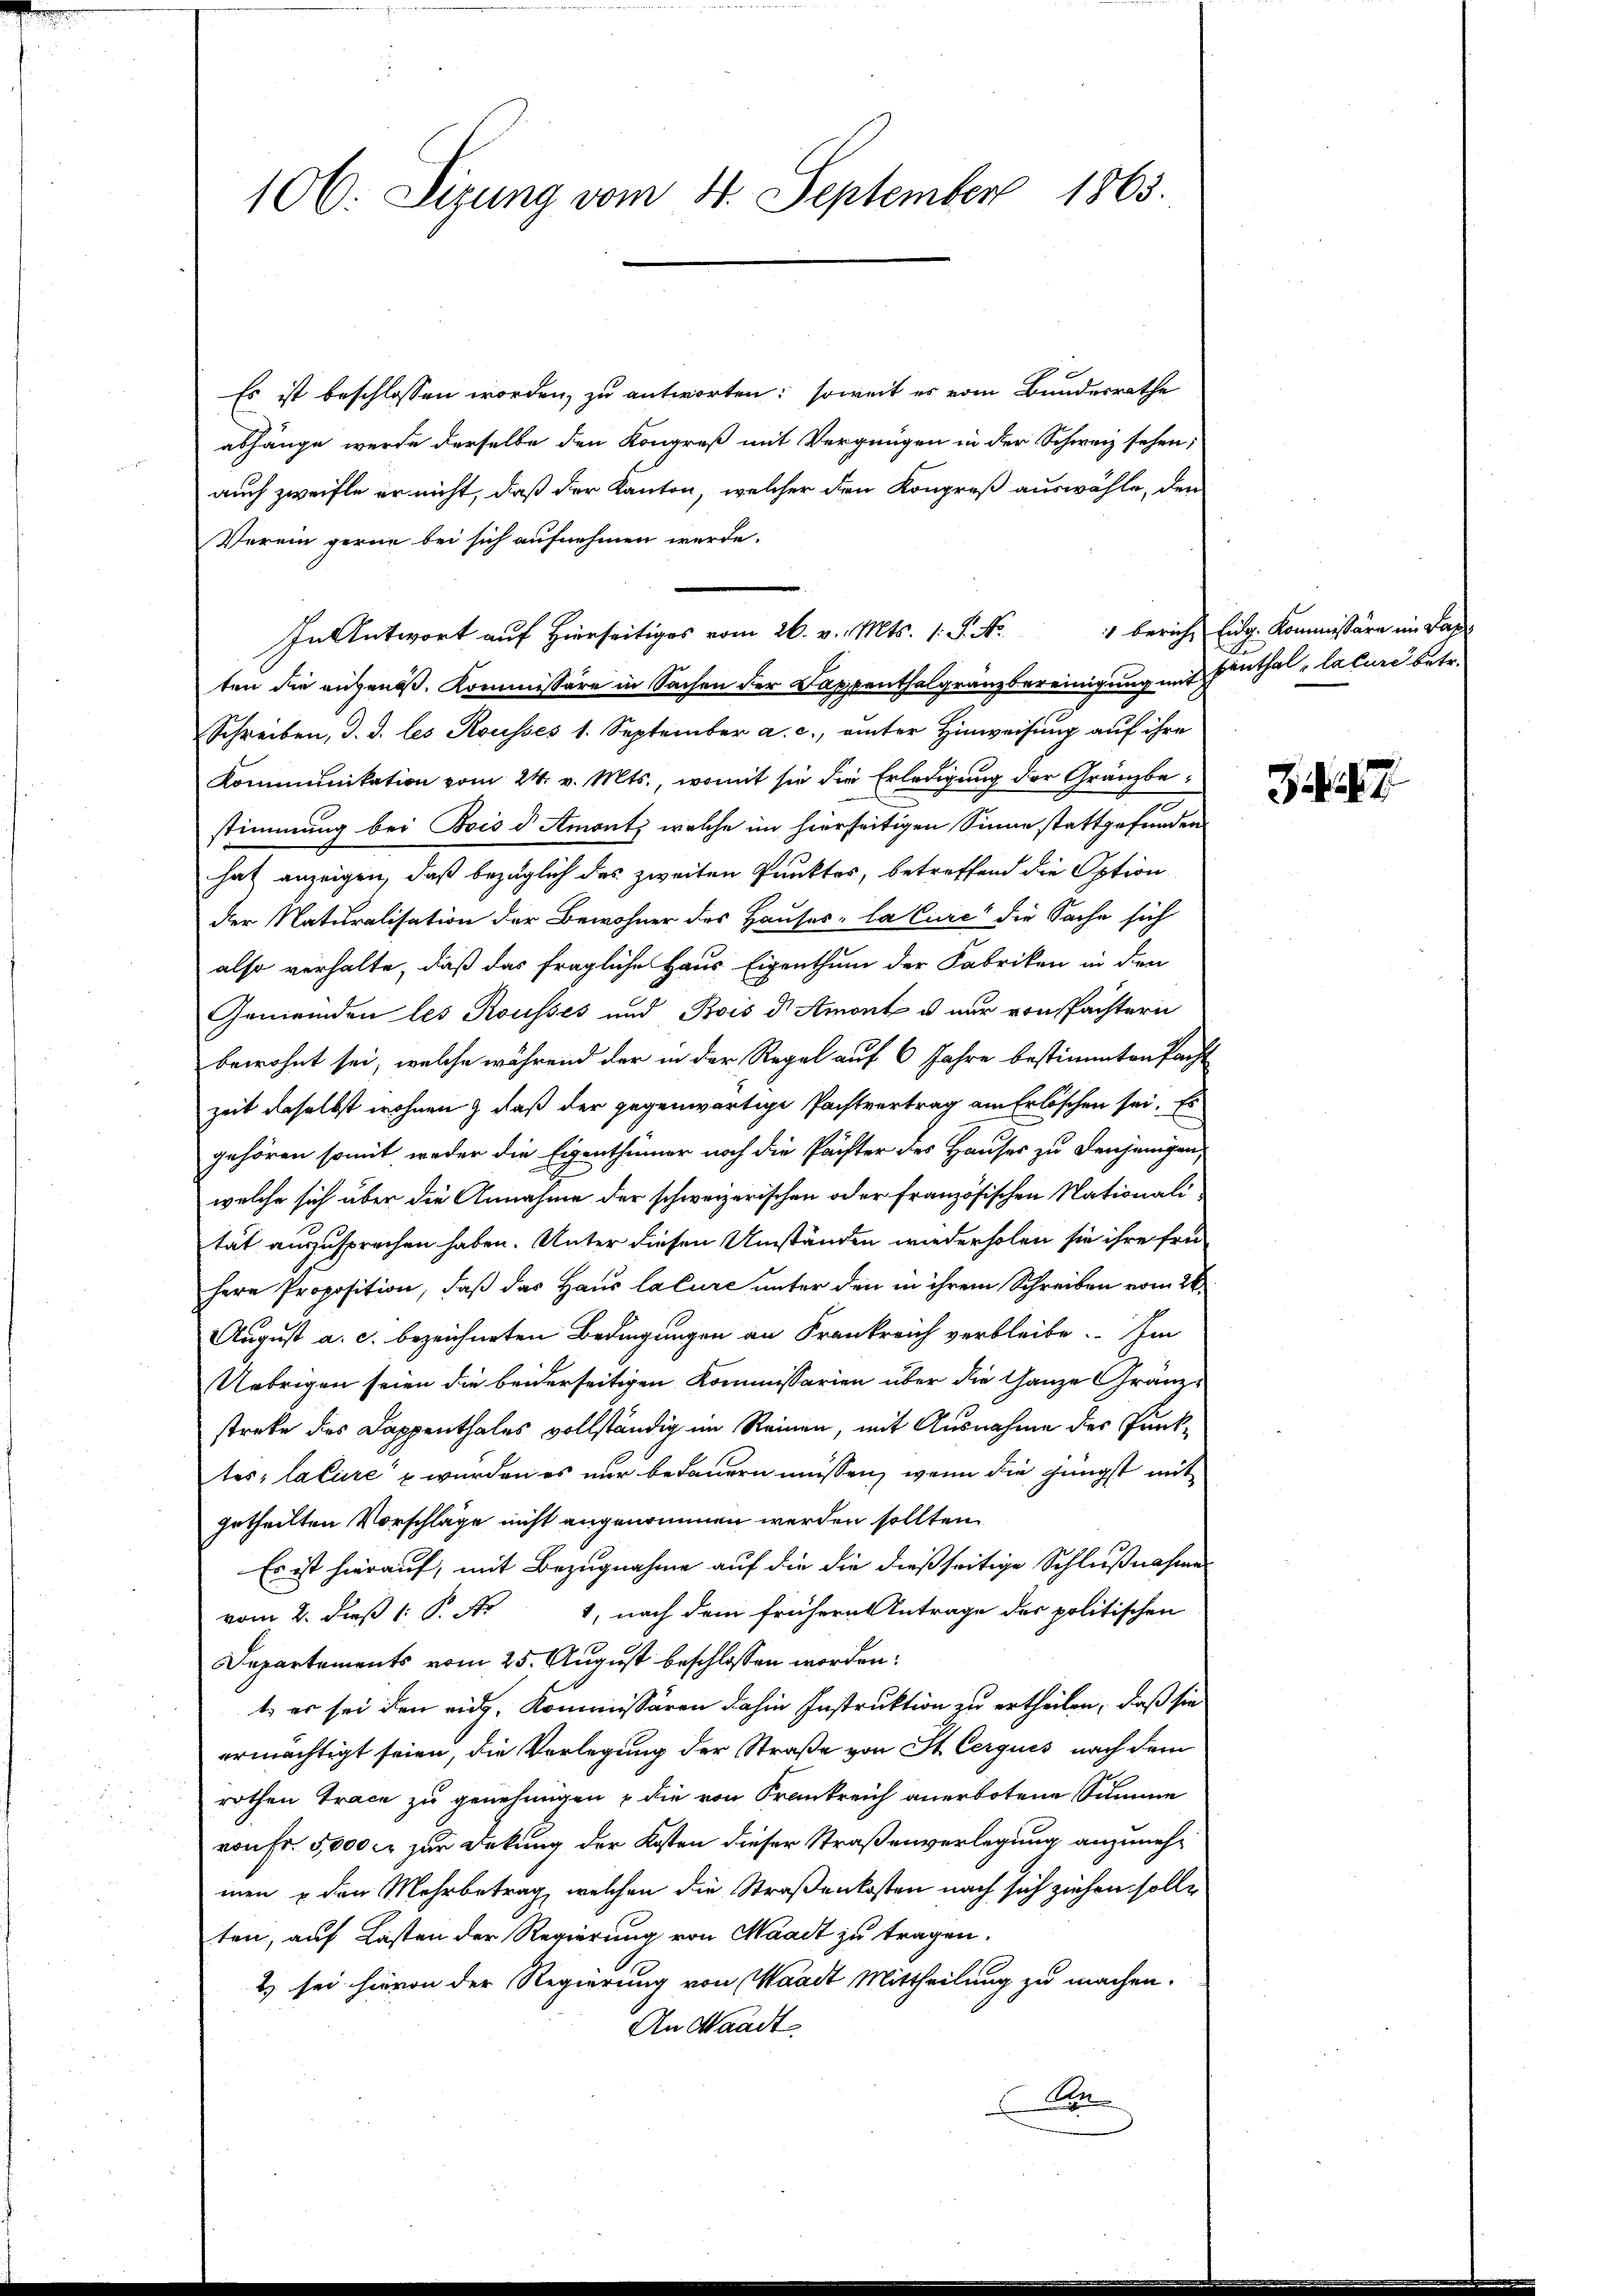
106. Sizung vom 31. September 1863.

Es ist beschlossen worden, zu antworten: soweit es vom Bundesrathe
abhänge werde derselbe den Kongreß mit Vergnügen in der Schweiz sehen;
auch zweifte er nicht, daß der Kanton, welcher den Kongreß auswähle, den
Verein gerne bei sich aufnehmen werde.
In Antwort auf Hierseitiges vom 26. v. Mts. 1. P. N
ten die augenöß. Kommissäre in Sachen der Kappenthalgränzbereinigung mit Einthal, lature betr.
Schreiben, d. d. les Rousses 1. September a. c., unter Hinweisung auf ihre
Kommunikation vom 24. v. Mts., womit sie die Erledigung der Gränzbe¬
2
stimmung bei Bois d Amonts welche im hierseitigen Sinne stattgefunden
hat anzeigen, daß bezüglich des zweiten Punktes, betreffend die Option
der Naturalisation der Bewohner des Hauses la Cure die Sache sich
also verhalte, daß das fragliche Haus Eigenthum der Fabriken in den
Gemeinden les Rousses und Bois d Amont u nur von Pachtern
bewohnt sei, welche während der in der Regel auf 6 Jahre bestimmten Pacht
zeit daselbst wohnen & daß der gegenwärtige Pachtvertrag am Erlöschen sei. Es
gehören somit weder die Eigenthümer noch die Pächter des Hauses zu denjenigen,
welche sich über die Annahme der schweizerischen oder französischen Nationalität auszusprechen haben. Unter diesen Umständen wiederholen sie ihre frü-
herr Proposition, daß das Haus lature unter den in ihrem Schreiben vom 26.
August a. c. bezeichneten Bedingungen an Frankreich verbleibe. Im
Uebrigen seien die beiderseitigen Kommissarien über die Ganze Gränzstreke des Dappenthales vollständig im Reinen, mit Ausnahme des Punktes, lature u würden es nur bedauern müssen, wenn die jüngst mit
getheilten Vorschläge nicht angenommen werden sollten.
Es ist hierauf, mit Bezugnahme auf die die dießseitige Schlußnahme
vom 2. daß  P. Nr. 1, nach dem frühern Antrage des politischen
Departements vom 25. August beschlossen worden:
t, er sei den eid. Kommissären dahin Instruktion zu ertheilen, daß sie
ermächtigt seien, die Verlegung der Straße von St. Cerquis nach dem
rothen Trace zu genehmigen u die von Krankreich anerbotene Summe
von Fr. 5000 fr zur Deckung der Kosten dieser Straßenverlegung anzunehmen u den Mehrbetrag, welchen die Straßenkosten nach sich ziehen solle
ten, auf Lasten der Regierung von Waadt zu tragen.
2) sei hievon der Regierung von Waadt Mittheilung zu machen.
An Waadt
An

Zürich, Eidg. Kommissäre im Tage